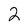
Character: 2